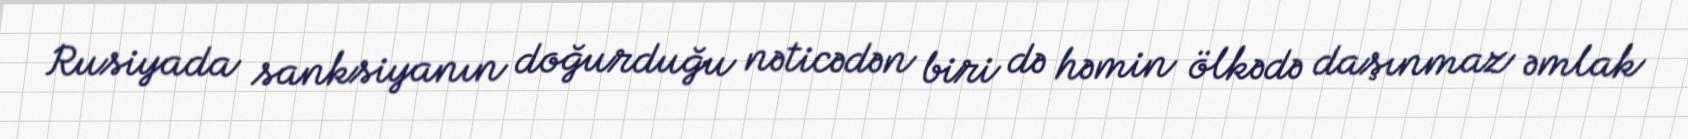
Rusiyada sanksiyanın doğurduğu nəticədən biri də həmin ölkədə daşınmaz əmlak